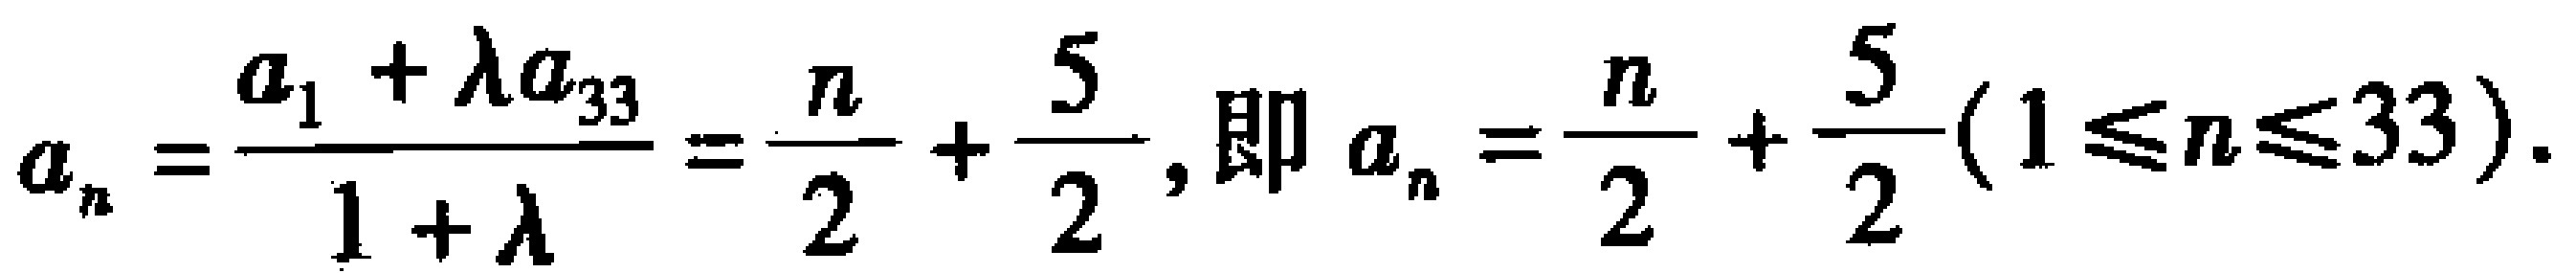
\[a_{n}=\frac{a_{1}+\lambda a_{33}}{1 + \lambda}=\frac{n}{2}+\frac{5}{2},\text{即 }a_{n}=\frac{n}{2}+\frac{5}{2}(1\leqslant n\leqslant33).\]